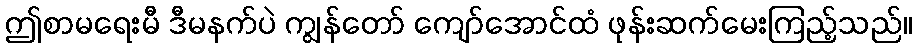
ဤစာမရေးမီ ဒီမနက်ပဲ ကျွန်တော် ကျော်အောင်ထံ ဖုန်းဆက်မေးကြည့်သည်။